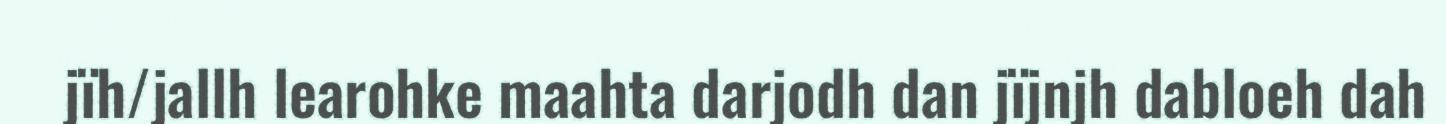
jïh/jallh learohke maahta darjodh dan jïjnjh dabloeh dah